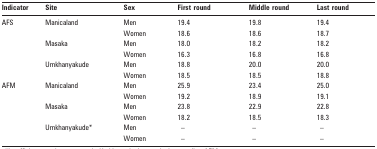
| Indicator | Site | Sex | First round | Middle round | Last round |
 | --- | --- | --- | --- | --- | --- |
 | <ROWSPAN=6> AFS | <ROWSPAN=2> Manicaland | Men | 19.4 | 19.8 | 19.4 |
 | Women | 18.6 | 18.6 | 18.7 |
 | <ROWSPAN=2> Masaka | Men | 18.0 | 18.2 | 18.2 |
 | Women | 16.3 | 16.8 | 16.8 |
 | <ROWSPAN=2> Umkhanyakude | Men | 18.8 | 20.0 | 20.0 |
 | Women | 18.5 | 18.5 | 18.8 |
 | <ROWSPAN=6> AFM | <ROWSPAN=2> Manicaland | Men | 25.9 | 23.4 | 25.0 |
 | Women | 19.2 | 18.9 | 19.1 |
 | <ROWSPAN=2> Masaka | Men | 23.8 | 22.9 | 22.8 |
 | Women | 18.2 | 18.5 | 18.3 |
 | <ROWSPAN=2> Umkhanyakude* | Men | – | – | – |
 | Women | – | – | – |